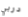
دربي